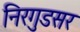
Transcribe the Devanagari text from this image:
निरगुडसर